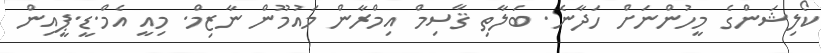
ކޯލިޝަންގެ މީހުންނަށް ހަދާނެ. ބަލާތި ޤާސިމް އިމްރާން މައުމޫން ނާޒިމް. މިއީ އެމް.ޑީ.ޕީއިން